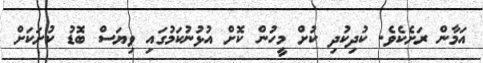
އަމާން ރަށެކެވެ. ކުދިކުދި ކުށް މީހުން ކޮށް އުޅުނުކަމުގައި ވިޔަސް ބޮޑު ކުށަކަށް